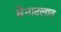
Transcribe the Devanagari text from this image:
सेनादलात